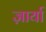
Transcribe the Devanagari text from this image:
ज़ार्या